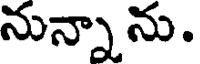
నున్నాను.